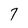
Character: 7